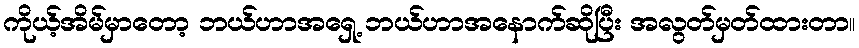
ကိုယ့်အိမ်မှာတော့ ဘယ်ဟာအရှေ့ ဘယ်ဟာအနောက်ဆိုပြီး အလွတ်မှတ်ထားတာ။